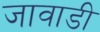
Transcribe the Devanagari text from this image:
जावाडी